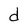
Character: d